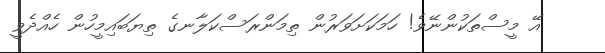
އޭ މީސްތަކުންނޭވެ! ހަމަކަށަވަރުން ތިމަންރަސްކަލާނގެ ތިޔަބައިމީހުން ހެއްދެވީ